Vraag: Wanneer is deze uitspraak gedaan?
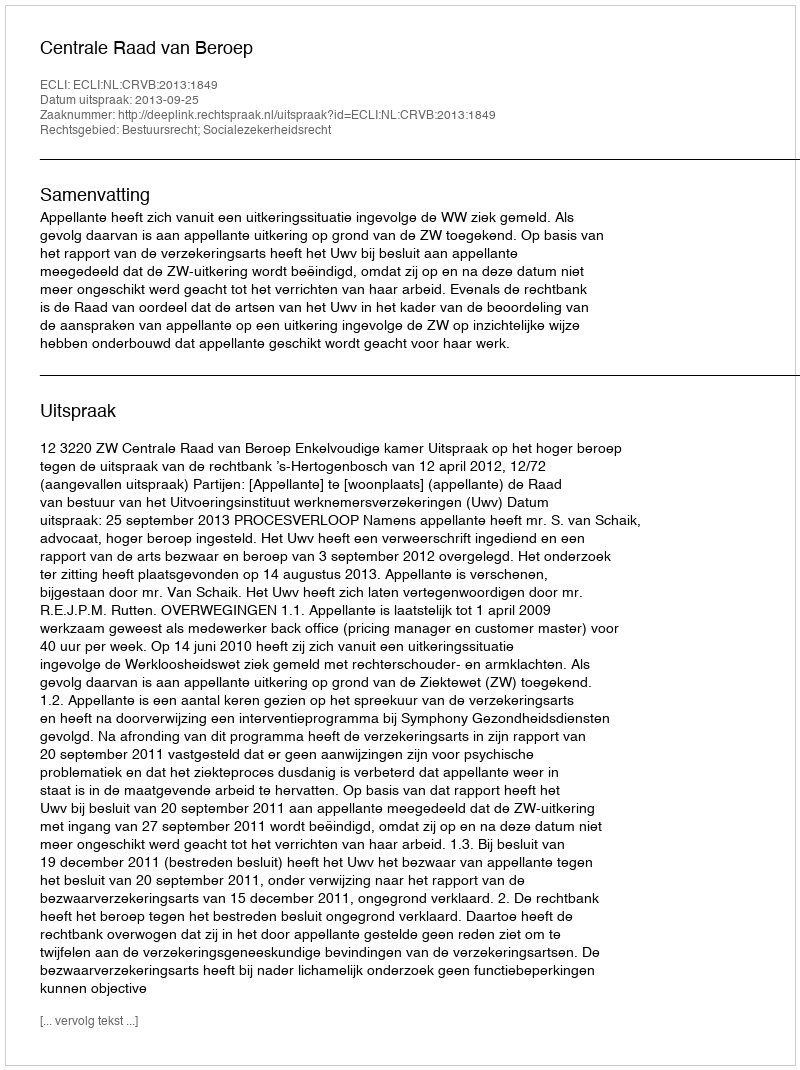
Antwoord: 2013-09-25